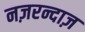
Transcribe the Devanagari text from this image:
नज़रन्दाज़